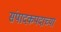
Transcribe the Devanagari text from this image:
संपादकपदाच्या